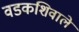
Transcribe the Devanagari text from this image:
वडकशिवाले